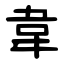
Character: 韋